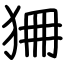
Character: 狦